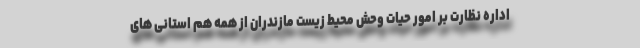
اداره نظارت بر امور حیات وحش محیط زیست مازندران از همه هم استانی های